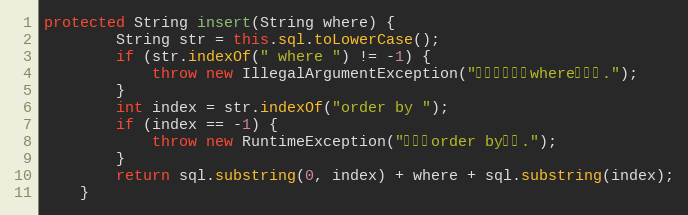
Language: Java
protected String insert(String where) {
		String str = this.sql.toLowerCase();
		if (str.indexOf(" where ") != -1) {
			throw new IllegalArgumentException("语句不能包含where关键字.");
		}
		int index = str.indexOf("order by ");
		if (index == -1) {
			throw new RuntimeException("找不到order by语句.");
		}
		return sql.substring(0, index) + where + sql.substring(index);
	}